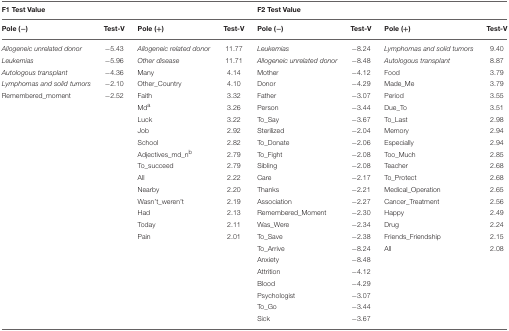
<table><thead><tr><td><b>F1 Test Value</b></td><td></td><td></td><td></td><td><b>F2 Test Value</b></td><td></td><td></td><td></td></tr><tr><td><b>Pole (−)</b></td><td><b>Test-V</b></td><td><b>Pole (+)</b></td><td><b>Test-V</b></td><td><b>Pole (−)</b></td><td><b>Test-V</b></td><td><b>Pole (+)</b></td><td><b>Test-V</b></td></tr></thead><tbody><tr><td><i>Allogeneic unrelated donor</i></td><td>−5.43</td><td><i>Allogeneic related donor</i></td><td>11.77</td><td><i>Leukemias</i></td><td>−8.24</td><td><i>Lymphomas and solid tumors</i></td><td>9.40</td></tr><tr><td><i>Leukemias</i></td><td>−5.96</td><td><i>Other disease</i></td><td>11.71</td><td><i>Allogeneic unrelated donor</i></td><td>−8.48</td><td><i>Autologous transplant</i></td><td>8.87</td></tr><tr><td><i>Autologous transplant</i></td><td>−4.36</td><td>Many</td><td>4.14</td><td>Mother</td><td>−4.12</td><td>Food</td><td>3.79</td></tr><tr><td><i>Lymphomas and solid tumors</i></td><td>−2.10</td><td>Other_Country</td><td>4.10</td><td>Donor</td><td>−4.29</td><td>Made_Me</td><td>3.79</td></tr><tr><td>Remembered_moment</td><td>−2.52</td><td>Faith</td><td>3.32</td><td>Father</td><td>−3.07</td><td>Period</td><td>3.55</td></tr><tr><td></td><td></td><td>Md<sup>a</sup></td><td>3.26</td><td>Person</td><td>−3.44</td><td>Due_To</td><td>3.51</td></tr><tr><td></td><td></td><td>Luck</td><td>3.22</td><td>To_Say</td><td>−3.67</td><td>To_Last</td><td>2.98</td></tr><tr><td></td><td></td><td>Job</td><td>2.92</td><td>Sterilized</td><td>−2.04</td><td>Memory</td><td>2.94</td></tr><tr><td></td><td></td><td>School</td><td>2.82</td><td>To_Donate</td><td>−2.06</td><td>Especially</td><td>2.94</td></tr><tr><td></td><td></td><td>Adjectives_md_n<sup>b</sup></td><td>2.79</td><td>To_Fight</td><td>−2.08</td><td>Too_Much</td><td>2.85</td></tr><tr><td></td><td></td><td>To_succeed</td><td>2.79</td><td>Sibling</td><td>−2.08</td><td>Teacher</td><td>2.68</td></tr><tr><td></td><td></td><td>All</td><td>2.22</td><td>Care</td><td>−2.17</td><td>To_Protect</td><td>2.68</td></tr><tr><td></td><td></td><td>Nearby</td><td>2.20</td><td>Thanks</td><td>−2.21</td><td>Medical_Operation</td><td>2.65</td></tr><tr><td></td><td></td><td>Wasn&#x27;t_weren&#x27;t</td><td>2.19</td><td>Association</td><td>−2.27</td><td>Cancer_Treatment</td><td>2.56</td></tr><tr><td></td><td></td><td>Had</td><td>2.13</td><td>Remembered_Moment</td><td>−2.30</td><td>Happy</td><td>2.49</td></tr><tr><td></td><td></td><td>Today</td><td>2.11</td><td>Was_Were</td><td>−2.34</td><td>Drug</td><td>2.24</td></tr><tr><td></td><td></td><td>Pain</td><td>2.01</td><td>To_Save</td><td>−2.38</td><td>Friends_Friendship</td><td>2.15</td></tr><tr><td></td><td></td><td></td><td></td><td>To_Arrive</td><td>−8.24</td><td>All</td><td>2.08</td></tr><tr><td></td><td></td><td></td><td></td><td>Anxiety</td><td>−8.48</td><td></td><td></td></tr><tr><td></td><td></td><td></td><td></td><td>Attrition</td><td>−4.12</td><td></td><td></td></tr><tr><td></td><td></td><td></td><td></td><td>Blood</td><td>−4.29</td><td></td><td></td></tr><tr><td></td><td></td><td></td><td></td><td>Psychologist</td><td>−3.07</td><td></td><td></td></tr><tr><td></td><td></td><td></td><td></td><td>To_Go</td><td>−3.44</td><td></td><td></td></tr><tr><td></td><td></td><td></td><td></td><td>Sick</td><td>−3.67</td><td></td><td></td></tr></tbody></table>